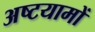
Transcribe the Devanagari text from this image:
अष्टयामों